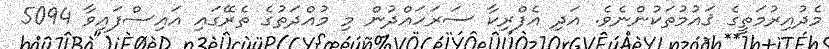
މެދުއިރުމަތީގެ ޤައުމުތަކުންނެވެ. އަދި އެފްރިކާ ސަރަހައްދުން މި މުއްދަތުގެ ތެރޭގައި އައިސްފައިވާ 5094